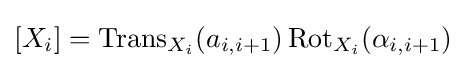
[X_{i}]=\operatorname {Trans} _{X_{i}}(a_{i,i+1})\operatorname {Rot} _{X_{i}}(\alpha _{i,i+1})